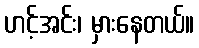
ဟင့်အင်း၊ မှားနေတယ်။